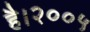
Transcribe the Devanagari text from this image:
है।२००५